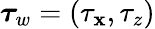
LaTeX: {\boldsymbol\tau_{w}}=(\tau_{\mathbf{x}},\tau_{z})